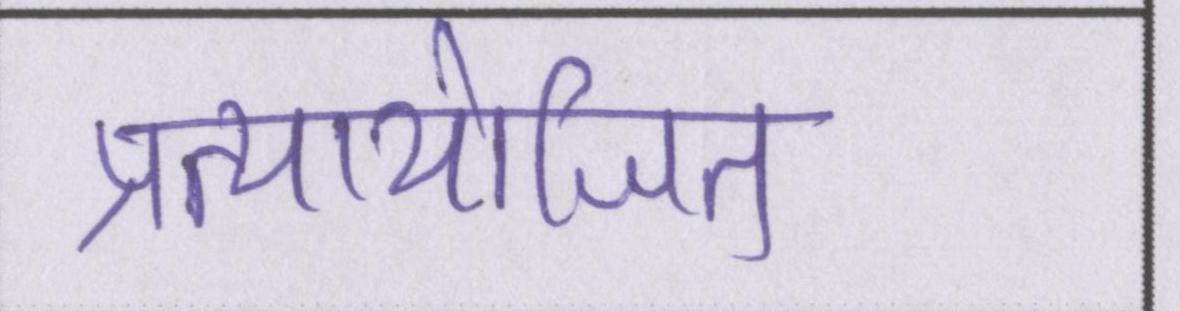
प्रत्यायोजित